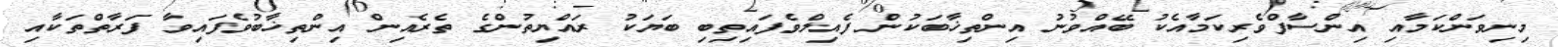
މިނިވަންކަމާއި އިންސާފްވެރިކަމާއެކު ބޭއްވުނު އިންތިޚާބަކުން ފެއިލްވެފައިތިބި ބަޔަކު ރައްޔިތުންގެ ތެރެއިން އިންތިޚާބުވެފައިވާ ފަރާތްތަކާއި